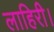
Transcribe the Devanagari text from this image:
लाहिरी।